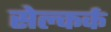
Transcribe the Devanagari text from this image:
सेल्कर्क